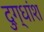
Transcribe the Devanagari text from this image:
दुग्धांश